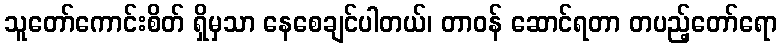
သူတော်ကောင်းစိတ် ရှိမှသာ နေစေချင်ပါတယ်၊ တာဝန် ဆောင်ရတာ တပည့်တော်ရော